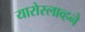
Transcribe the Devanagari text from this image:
यारोस्लाव्हने